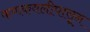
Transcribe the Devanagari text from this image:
कणकवलीपासून